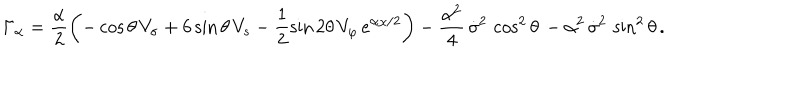
\Gamma _ { \alpha } = \frac { \alpha } { 2 } \left( - \cos \theta \, V _ { \sigma } + 6 \sin \theta \, V _ { s } - \frac { 1 } { 2 } \sin 2 \theta \, V _ { \varphi } \, e ^ { \alpha \chi / 2 } \right) - \frac { \alpha ^ { 2 } } { 4 } \, \dot { \sigma } ^ { 2 } \, \cos ^ { 2 } \theta \, - \alpha ^ { 2 } \, \dot { \sigma } ^ { 2 } \, \sin ^ { 2 } \theta \, .